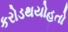
કરોડથયોહતો